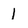
Character: l